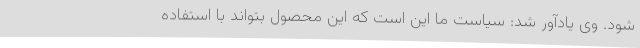
شود. وی یادآور شد: سیاست ما این است که این محصول بتواند با استفاده